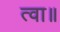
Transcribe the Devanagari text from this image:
त्वा॥